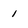
Character: I